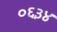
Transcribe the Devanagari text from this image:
०६३४